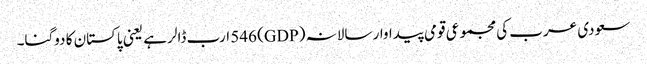
سعودی عرب کی مجموعی قومی پیداوار سالانہ (GDP) 546 ارب ڈالر ہے یعنی پاکستان کا دوگنا۔